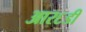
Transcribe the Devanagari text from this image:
आर६डी